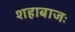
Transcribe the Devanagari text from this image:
शहाबाजः